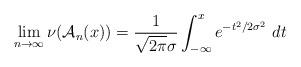
LaTeX: \begin{align*}\lim_{n \to \infty}\nu(\mathcal{A}_n(x)) = \frac{1}{\sqrt{2\pi} \sigma} \int_{-\infty}^x e^{-t^2/2\sigma^2} \ dt \ \end{align*}